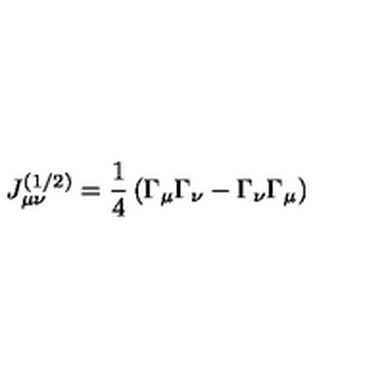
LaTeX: J _ { \mu \nu } ^ { ( 1 / 2 ) } = \frac 1 4 \left( \Gamma _ { \mu } \Gamma _ { \nu } - \Gamma _ { \nu } \Gamma _ { \mu } \right)